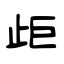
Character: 歫